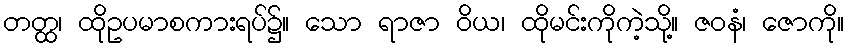
တတ္ထ၊ ထိုဥပမာစကားရပ်၌။ သော ရာဇာ ဝိယ၊ ထိုမင်းကိုကဲ့သို့။ ဇဝနံ၊ ဇောကို။